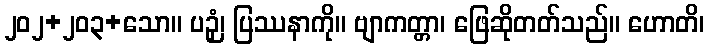
၂၀၂+၂၀၃+သော။ ပဉှံ၊ ပြဿနာကို။ ဗျာကတ္တာ၊ ဖြေဆိုတတ်သည်။ ဟောတိ၊